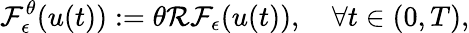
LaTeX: \mathcal{F}_{\epsilon}^{\theta}(u(t)):=\theta\mathcal{R}\mathcal{F}_{\epsilon}(u(t)),\quad\forall t\in(0,T),